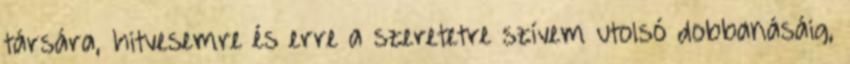
társára, hitvesemre és erre a szeretetre szívem utolsó dobbanásáig,